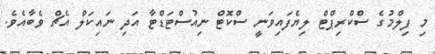
މި ފިލްމުގެ ސްކްރިޕްޓް ލިޔެފައިވަނީ ސްކޮޓް ނިއުސްޓަޑްޓާ އަދި ނައިކަލް އެޗް ވެބާއެވެ.